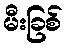
မီးခြစ်